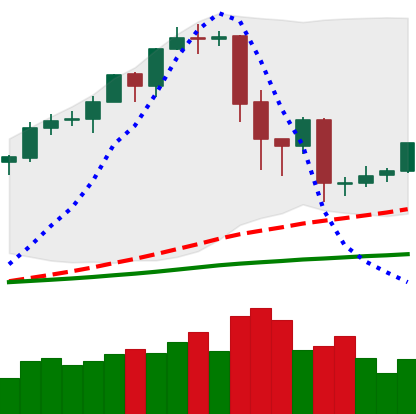
Ticker: EOS-USD
Chart end date: 2020-02-23
Forward return: -19.931%
Label: down_7plus